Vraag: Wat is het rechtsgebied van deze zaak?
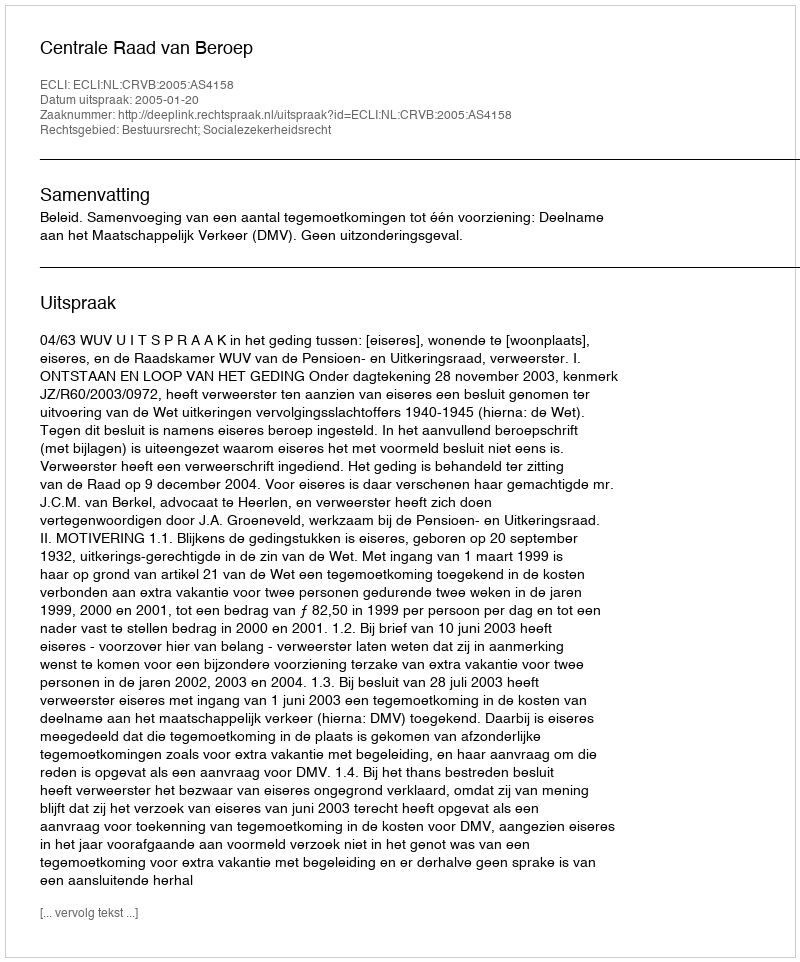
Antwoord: Bestuursrecht; Socialezekerheidsrecht